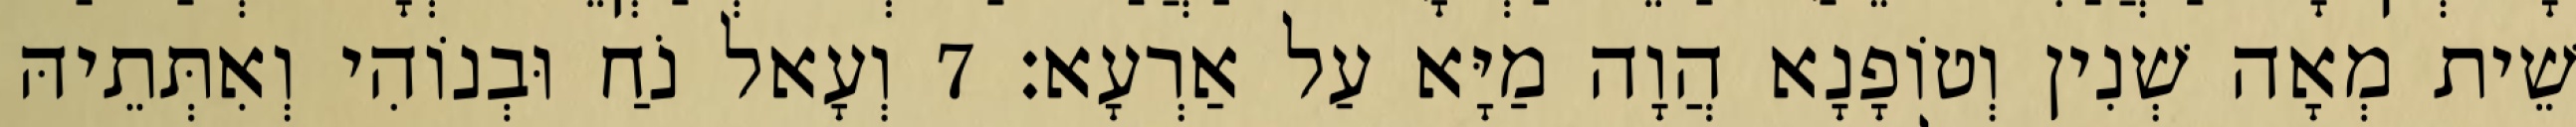
שֵׁית מְאָה שְׁנִין וְטוֹפָנָא הֲוָה מַיָּא עַל אַרְעָא׃ 7 וְעָאל נֹחַ וּבְנוֹהִי וְאִתְּתֵיהּ